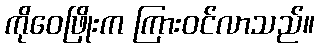
ကိုဝေဖြိုးက ကြားဝင်လာသည်။